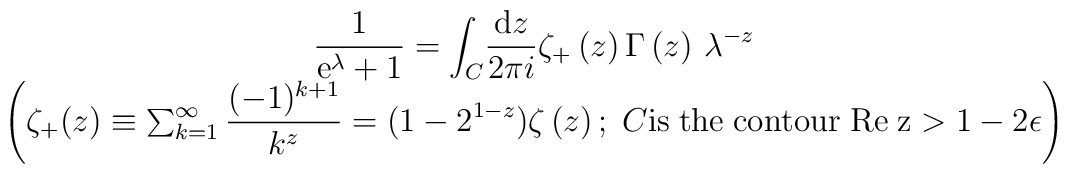
\begin{array}{c}\displaystyle{\frac{1}{{\rm e}^\lambda +1}}=\displaystyle{\int_C}\displaystyle{\frac{{\rm d}z}{2\pi i}}\zeta_{+}\left(z\right)\Gamma\left(z\right)\,\lambda^{-z}\\\left( \zeta_{+}(z) \equiv \sum_{k=1}^\infty\displaystyle{\frac{(-1)^{k+1}}{k^z}}=(1 - 2^{1-z})\zeta\left(z\right);\;C {\rm is\;the\;contour\;}\rm{Re}\;z>1-2\epsilon\right)\end{array}